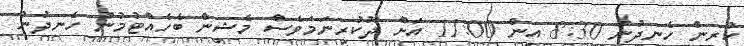
ކުރިން ހެނދުނު 8:30 އިން 11:00 އަށް ދޫކުރިނަމަވެސް މެޝިން ބެހެއްޓުމުން ހެނދުނު